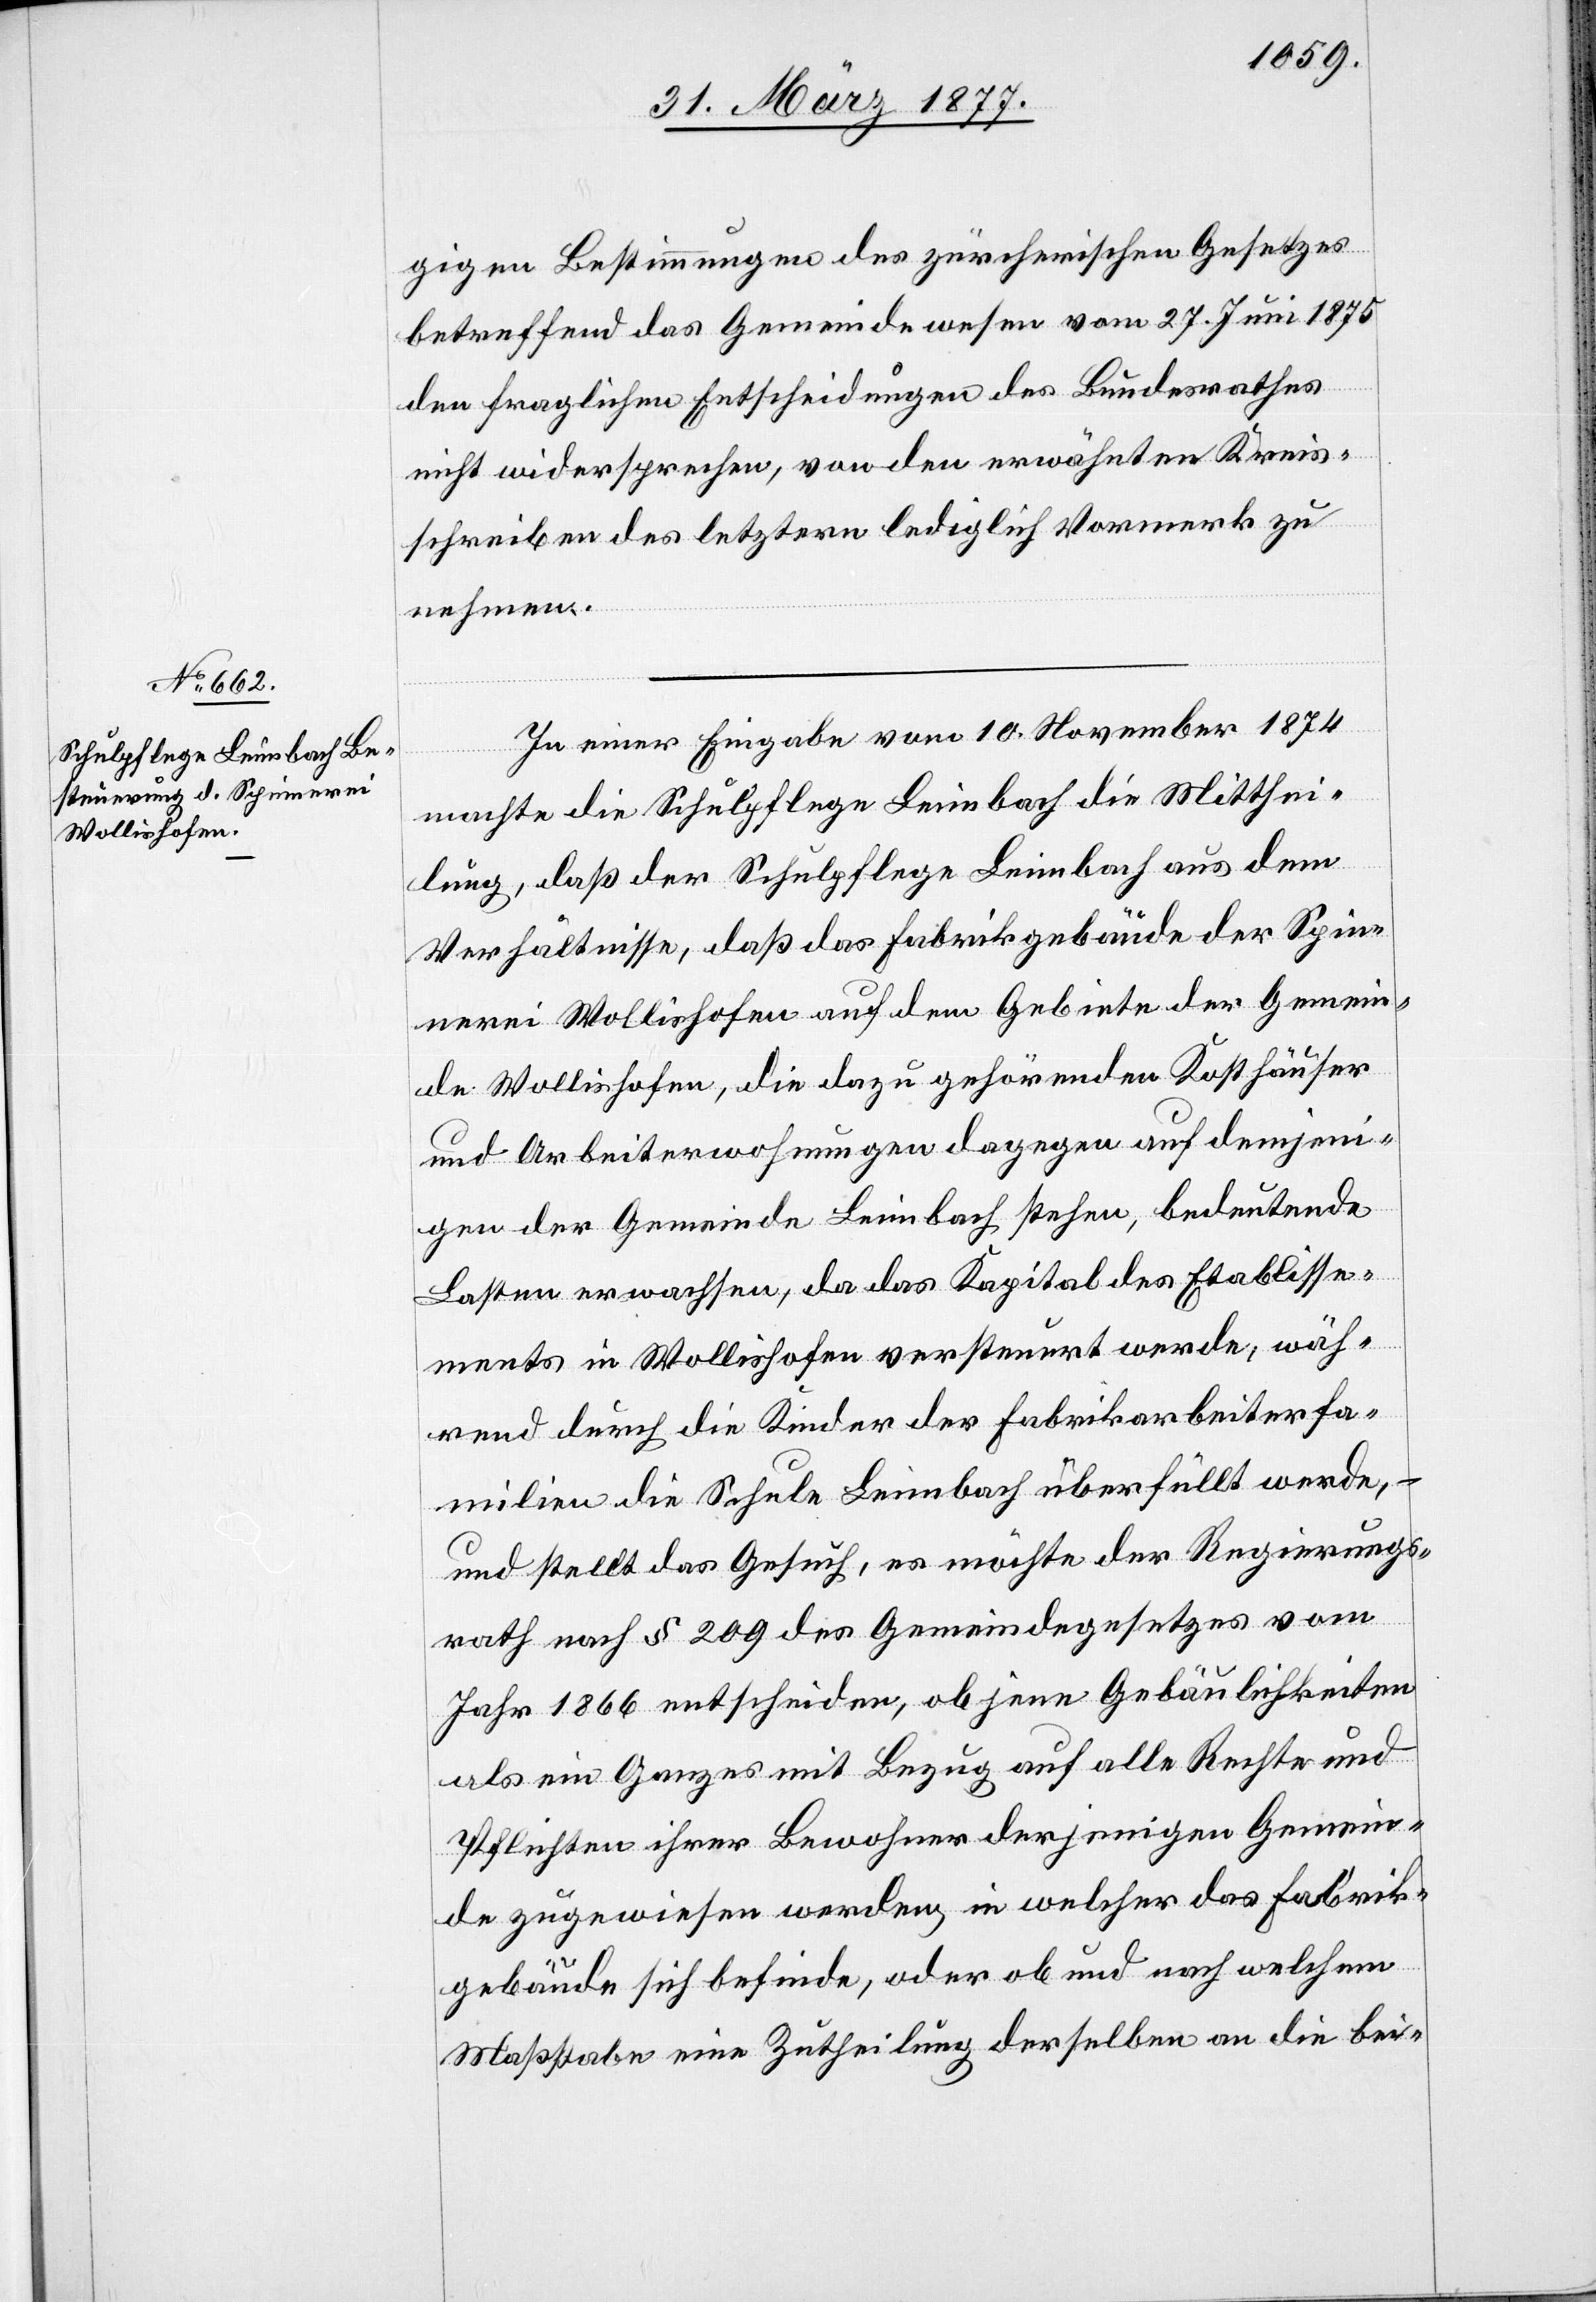
gigen Bestimmungen des zürcherischen Gesetzes
betreffend das Gemeindewesen vom 27. Juni 1875
den fraglichen Entscheidungen des Bundesrathes
nicht widersprechen, von den erwähnten Kreis¬
schreiben des letztern lediglich Vormerk zu
nehmen.
In einer Eingabe vom 10. November 1874
machte die Schulpflege Leimbach die Mitthei¬
lung, daß der Schulpflege Leimbach aus dem
Verhältnisse, daß das Fabrikgebäude der Spin¬
nerei Wollishofen auf dem Gebiete der Gemein¬
de Wollishofen, die dazu gehörenden Kosthäuser
und Arbeiterwohnungen dagegen auf demjeni¬
gen der Gemeinde Leimbach stehen, bedeutende
Lasten erwachsen, da das Kapital des Etablisse¬
ments in Wollishofen versteuert werde, wäh¬
rend durch die Kinder der Fabrikarbeiterfa¬
milien die Schule Leimbach überfüllt werde, –
und stellt das Gesuch, es möchte der Regierungs¬
rath nach § 209 des Gemeindegesetzes vom
Jahr 1866 entscheiden, ob jene Gebäulichkeiten
als ein Ganzes mit Bezug auf alle Rechte und
Pflichten ihrer Bewohner derjenigen Gemein¬
de zugewiesen werden, in welcher das Fabrik¬
gebäude sich befinde, oder ob und nach welchem
Maßstabe eine Zutheilung derselben an die bei-